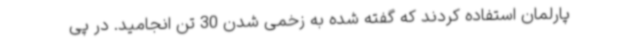
پارلمان استفاده کردند که گفته شده به زخمی شدن 30 تن انجامید. در پی